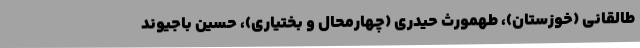
طالقانی (خوزستان)، طهمورث حیدری (چهارمحال و بختیاری)، حسین باجیوند